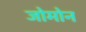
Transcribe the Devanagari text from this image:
जोमोन